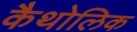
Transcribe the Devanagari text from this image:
कैथोलिक